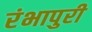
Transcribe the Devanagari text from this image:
रंभापुरी